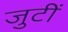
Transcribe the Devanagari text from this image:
जुटीं